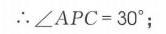
\(\therefore \angle APC = 30^{\circ}\);